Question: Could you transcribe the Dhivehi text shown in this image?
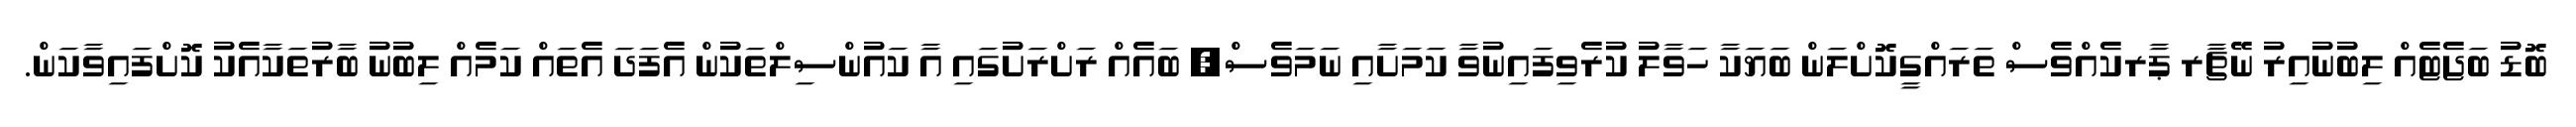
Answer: ބޮޑު ބަޖެޓެއް ލިބުނުއިރު ނޭޗާރ ޕާރކެއްވެސް ތަރައްގީކޮށްލަން ބަޔަކާ ހަވާލު ކުރެވިފައިނުވާ ކަމަށާއި ނަމަވެސް, ބައެއް ރަށްރަށުގައި އާ ކައުންސިލްތަކުން އެފަދަ އެތައް ކަމެއް ލިބުނު ބާރުތަކާއެކު ކޮށްފައިވާކަން.